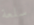
سلعة